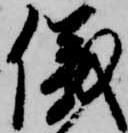
儀